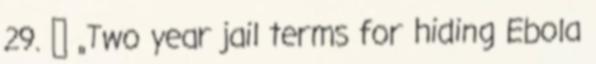
29. ↑ „Two year jail terms for hiding Ebola